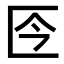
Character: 𠤮